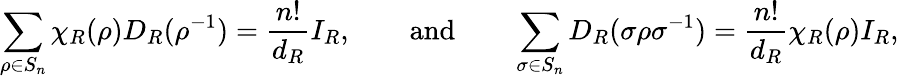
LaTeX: \sum_{\rho\in S_{n}}^{}\chi_{R}(\rho)D_{R}(\rho^{-1})=\frac{n!}{d_{R}}I_{R},\qquad\mathrm{and}\qquad\sum_{\sigma\in S_{n}}^{}D_{R}(\sigma\rho\sigma^{-1})=\frac{n!}{d_{R}}\chi_{R}(\rho)I_{R},